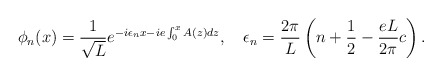
\begin{align*}\phi_n(x)={1\over\sqrt L}e^{-i \epsilon_nx -ie\int_0^xA(z)dz},\quad\epsilon_n={2\pi\over L}\left(n+{1\over2} -{eL\over 2\pi}c\right).\end{align*}